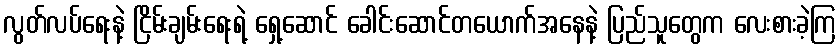
လွတ်လပ်ရေးနဲ့ ငြိမ်းချမ်းရေးရဲ့ ရှေ့ဆောင် ခေါင်းဆောင်တယောက်အနေနဲ့ ပြည်သူတွေက လေးစားခဲ့ကြ